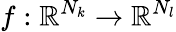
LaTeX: f:\mathbb{R}^{N_{k}}\rightarrow\mathbb{R}^{N_{l}}